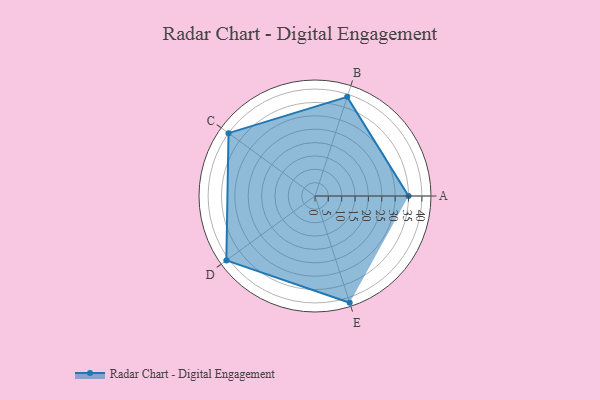
{"axis": {"x": "Skill", "y": "Score"}, "legend": ["Profile"], "data": [{"x": "A", "y": 35.0, "type": "Profile"}, {"x": "B", "y": 39.0, "type": "Profile"}, {"x": "C", "y": 40.0, "type": "Profile"}, {"x": "D", "y": 41.0, "type": "Profile"}, {"x": "E", "y": 42.0, "type": "Profile"}]}